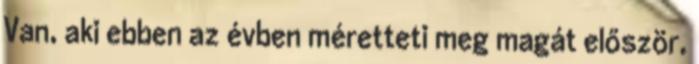
Van, aki ebben az évben méretteti meg magát először,